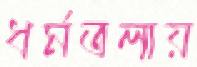
ধর্মতলায়